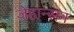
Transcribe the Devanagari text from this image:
जेहान्सन